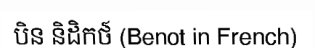
បិន និដិកថ៍ (Benot in French)